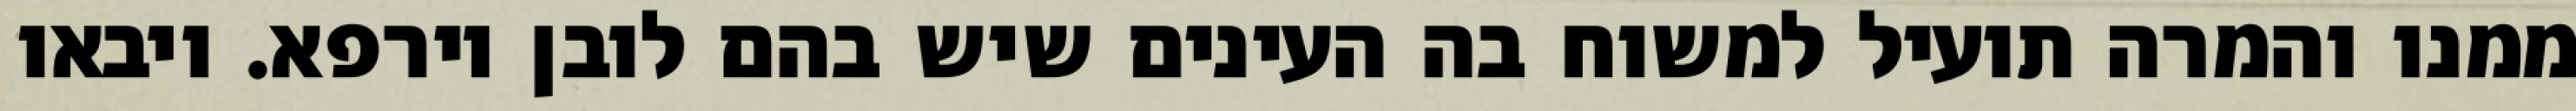
ממנו והמרה תועיל למשוח בה העינים שיש בהם לובן וירפא. ויבאו